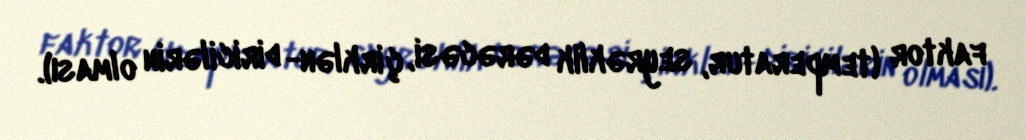
faktor (temperatur, seyrəklik dərəcəsi, çirklən- diricilərin olması).